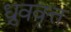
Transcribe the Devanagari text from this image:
ध्रुववृत्त